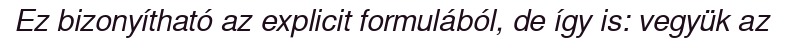
Ez bizonyítható az explicit formulából, de így is: vegyük az